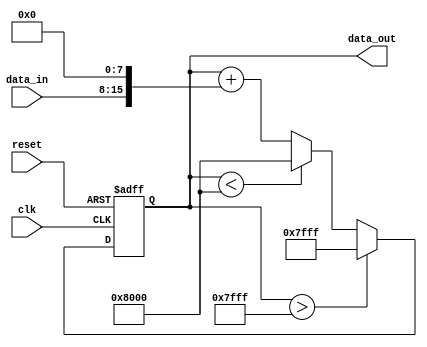
module iir_accumulator (
    input wire clk,
    input wire reset,
    input wire [7:0] data_in,
    output wire [15:0] data_out
);

reg [15:0] accumulator;

always @ (posedge clk or posedge reset) begin
    if (reset) begin
        accumulator <= 16'd0;
    end else begin
        accumulator <= accumulator + (data_in << 8); // perform multiplication by shifting data_in
        if (accumulator > 16'h7FFF) begin // handle overflow
            accumulator <= 16'h7FFF;
        end else if (accumulator < 16'h8000) begin // handle underflow
            accumulator <= 16'h8000;
        end
    end
end

assign data_out = accumulator;

endmodule